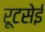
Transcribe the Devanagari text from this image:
रूटसेई